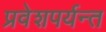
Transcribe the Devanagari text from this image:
प्रवेशपर्यन्त